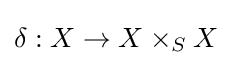
\delta :X\to X\times _{S}X